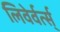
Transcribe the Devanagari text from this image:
लिवेर्वर्त्स्